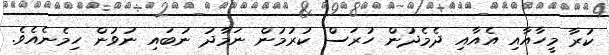
ކުރާ މީހާއާއި އެއާއި ދެމެދުން ހުރަސް ކުރުމުން ނަމާދު ނުބައި ނުވުން ހިމެނެއެވެ.